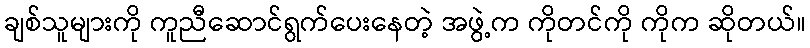
ချစ်သူများကို ကူညီဆောင်ရွက်ပေးနေတဲ့ အဖွဲ့က ကိုတင်ကို ကိုက ဆိုတယ်။